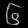
Digit: ၆